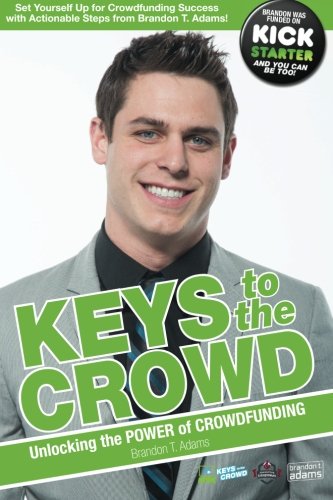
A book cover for Keys to the Crowd: Unlocking the Power of Crowdfunding; Brandon/B Taylor/T Adams/A Mr.; Business & Money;